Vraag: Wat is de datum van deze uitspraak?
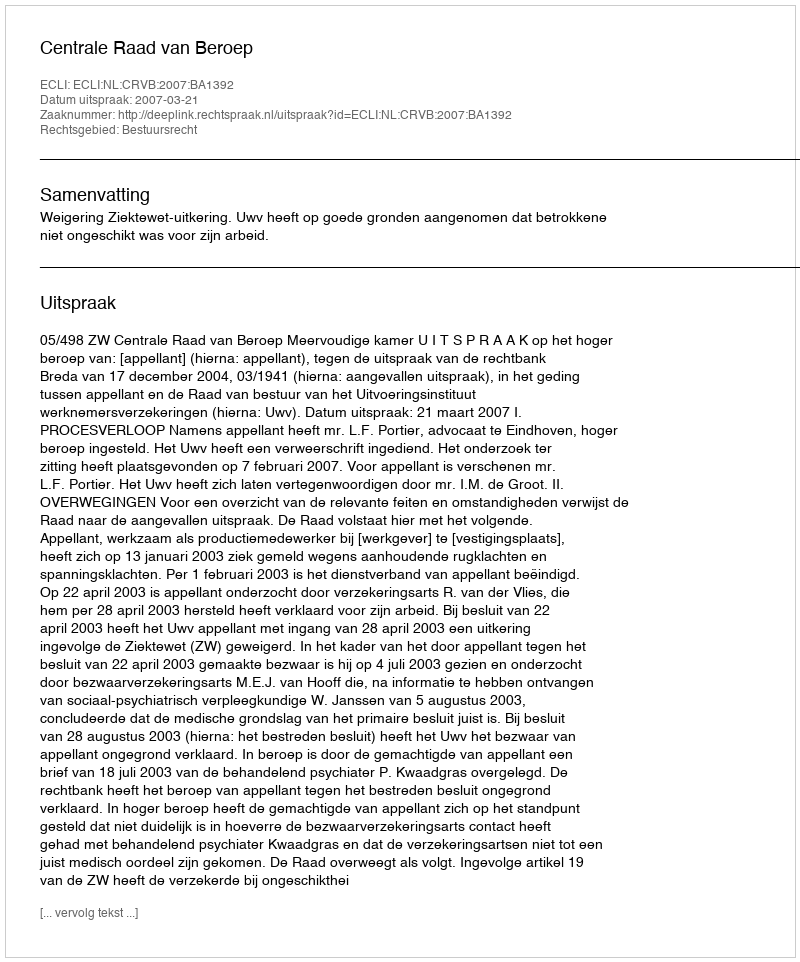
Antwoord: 2007-03-21